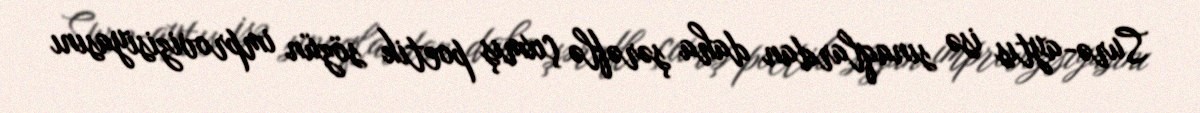
Surə-aytıs isə sınaqlardan daha şərəflə çıxmış poetik sözün improvizisiyasını